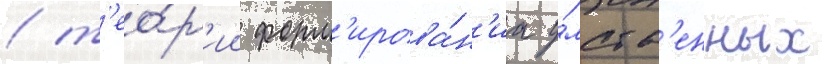
/ т'ео́р'ии форм'ирова́н'иа у́мств'енных